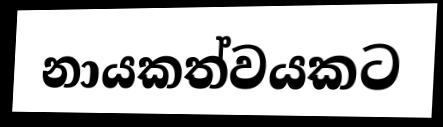
නායකත්වයකට